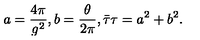
a = \frac { 4 \pi } { g ^ { 2 } } , b = \frac { \theta } { 2 \pi } , \bar { \tau } \tau = a ^ { 2 } + b ^ { 2 } .